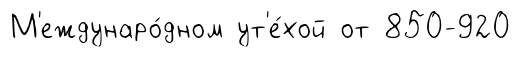
М'еждунаро́дном ут'е́хой от 850-920